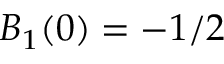
B _ { 1 } ( 0 ) = - 1 / 2